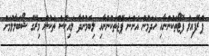
ޕްރޮފައިލް ފޮޓޯތަކުންނާއި ހަދަމުން އަންނަ ޕޭޖްތަކުންނާއި ލިބެމުންދާ ލައިކްސް ތަކުން މިރޭގެ ޝޯބަލާލުމަށް